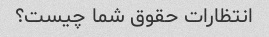
انتظارات حقوق شما چیست؟